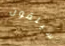
سيلقون